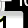
Digit: 1